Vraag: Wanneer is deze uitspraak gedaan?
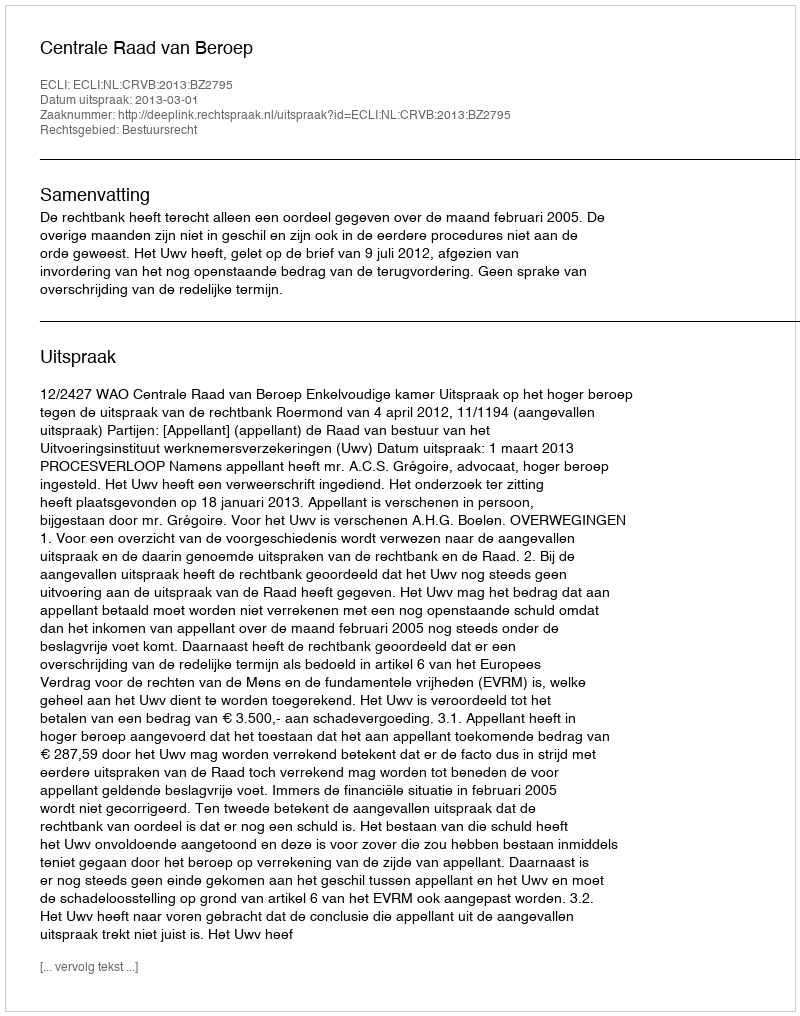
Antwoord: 2013-03-01